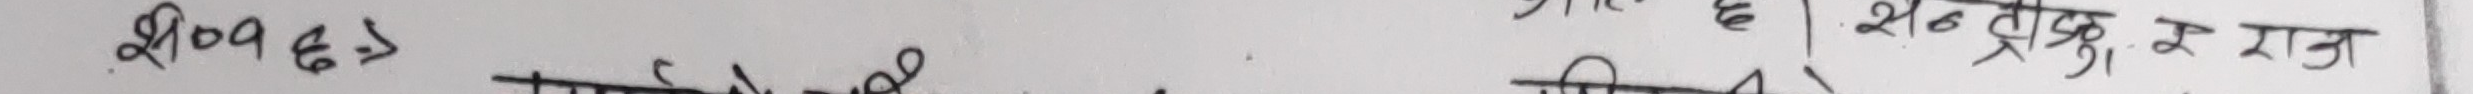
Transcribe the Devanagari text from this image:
श्री ०७६३
माटो को लागी सन्‌ट्रक र राज